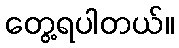
တွေ့ရပါတယ်။